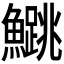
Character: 𬵰